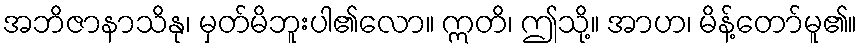
အဘိဇာနာသိနု၊ မှတ်မိဘူးပါ၏လော။ ဣတိ၊ ဤသို့။ အာဟ၊ မိန့်တော်မူ၏။